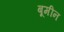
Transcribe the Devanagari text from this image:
बूमीन